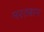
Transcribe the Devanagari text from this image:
मरतबान